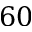
6 0